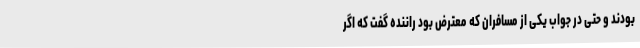
بودند و حتی در جواب یکی از مسافران که معترض بود راننده گفت که اگر